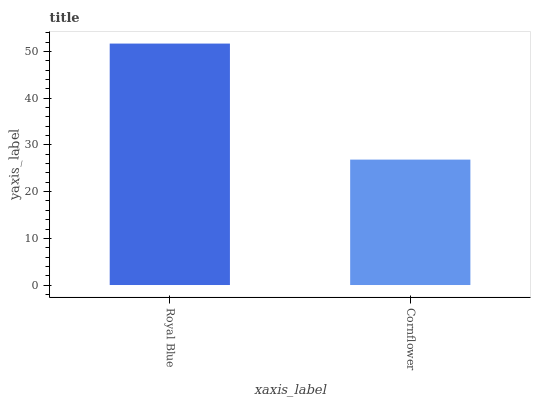
| xaxis_label | bars |
 | --- | --- |
 | Royal Blue | 51.7 |
 | Cornflower | 26.9 |